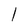
Character: 1